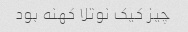
چیز کیک نوتلا کهنه بود